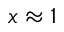
x \approx 1